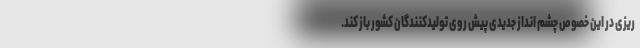
ریزی در این خصوص چشم انداز جدیدی پیش روی تولیدکنندگان کشور باز کند.